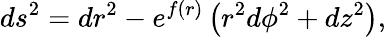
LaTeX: ds^{2}=dr^{2}-e^{f(r)}\left(r^{2}d\phi^{2}+dz^{2}\right),